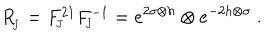
R _ { _ { \! J } } = F _ { _ { \! J } } ^ { 2 1 } F _ { _ { \! J } } ^ { - 1 } = e ^ { 2 \sigma \otimes h } \otimes e ^ { - 2 h \otimes \sigma } ~ .